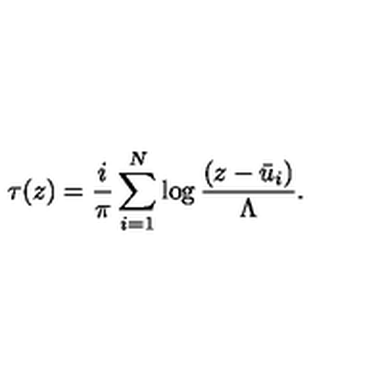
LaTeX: \tau ( z ) = \frac { i } { \pi } \sum _ { i = 1 } ^ { N } \log \frac { ( z - \bar { u } _ { i } ) } { \Lambda } .